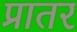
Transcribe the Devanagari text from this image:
प्रातर